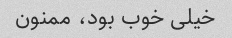
خیلی خوب بود، ممنون